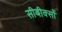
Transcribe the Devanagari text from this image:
सीबीक्सों